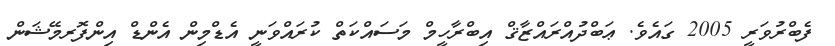
ފެބްރުވަރީ 2005 ގައެވެ. ޢަބްދުއްރައްޒާޤް އިބްރާހީމް މަސައްކަތް ކުރައްވަނީ އެޑްމިން އެންޑް އިންފޮރމޭޝަން